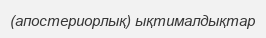
(апостериорлық) ықтималдықтар